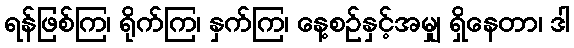
ရန်ဖြစ်ကြ၊ ရိုက်ကြ၊ နှက်ကြ၊ နေ့စဉ်နှင့်အမျှ ရှိနေတာ၊ ဒါ